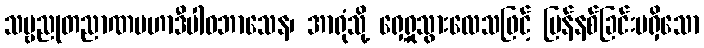
သဗ္ဗညုတညာဏမဟာဒီပါဝဘာသေန၊ အာရုံသို့ ရှေ့ရှုသွားလေသဖြင့် ပြန်နစ်ခြင်းမရှိသော